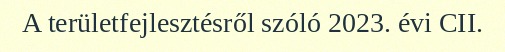
A területfejlesztésről szóló 2023. évi CII.